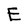
Character: E